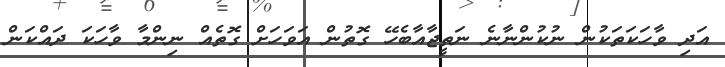
އަދި ވާހަކަތަކުން ނުކުންނާނެ ނަތީޖާއާބެހޭ ގޮތުން އަވަހަށް ގޮތެއް ނިންމާ ވާހަކަ ދައްކަން